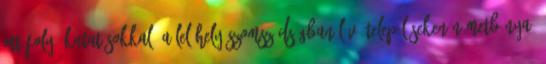
ott folyó kutatásokkal. A lelőhely szomszédságban lévő településeken Németbánya,